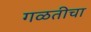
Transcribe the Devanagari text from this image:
गळतीचा